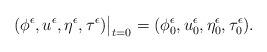
LaTeX: \begin{align*}(\phi^{\epsilon}, u^{\epsilon}, \eta^{\epsilon},\tau^{\epsilon})\big|_{t=0}=(\phi_0^{\epsilon}, u_0^{\epsilon}, \eta_0^{\epsilon},\tau_0^{\epsilon}).\end{align*}